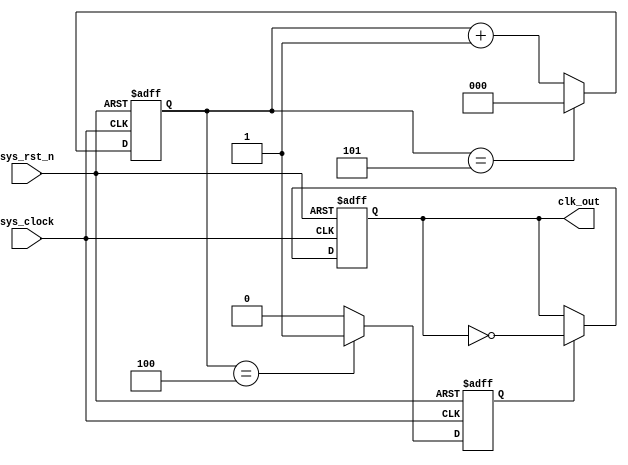
module divider_o
#
(
	parameter CNT_MAX = 3'd5
)
(
	input wire        sys_clock,
	input wire        sys_rst_n,
		
	output reg        clk_out
);

reg  [2:0]  cnt;
reg         cnt_flag;

//
always@(posedge sys_clock or negedge sys_rst_n)
	if(sys_rst_n == 1'b0)
		cnt <= 3'b0;
	else if(cnt == CNT_MAX)
		cnt <= 3'b0;
	else
		cnt <= cnt + 1'b1;
		
//
always@(posedge sys_clock or negedge sys_rst_n)
	if(sys_rst_n == 1'b0)
		cnt_flag <= 1'b0;
	else if(cnt == CNT_MAX - 1)
		cnt_flag <= 1'b1;
	else
		cnt_flag <= 1'b0;
//LEDout
always@(posedge sys_clock or negedge sys_rst_n)
	if(sys_rst_n == 1'b0)
		clk_out <= 1'b0;
	else if(cnt_flag == 1'b1)
		clk_out <= ~clk_out;
			
		
endmodule